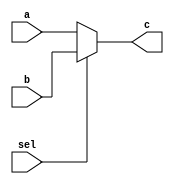
module mux_31(a,b,c,sel);
input [31:0]a;
input[31:0]b;
input sel;
output [31:0]c;
reg [31:0]c;
always@(a,b,sel) begin
if(sel) begin
c<=b;
end
else begin 
c<=a;
end
end
endmodule